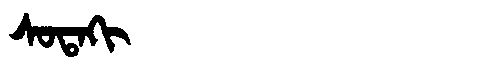
Manchu: ᠰᠣᡨᠠᡴᡳ
Romanization: SOTAKI